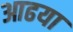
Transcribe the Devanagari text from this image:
आढया